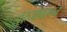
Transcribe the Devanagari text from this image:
बुरुजावरून